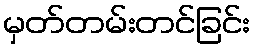
မှတ်တမ်းတင်ခြင်း